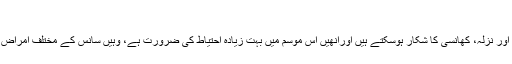
موسمَ سرما اور سانس کا مرض -
موسمِ سرما میں جہاں صحت مند اور نارمل افراد بھی سینے کے عام امراض اور نزلہ، کھانسی کا شکار ہوسکتے ہیں اورانھیں اس موسم میں بہت زیادہ احتیاط کی ضرورت ہے، وہیں سانس کے مختلف امراض خاص طور پر دمہ جیسی بیماری میں مبتلا افراد کی مشکلات بڑھ جاتی ہیں۔